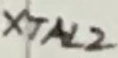
Text: XTAL2